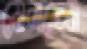
মেনাচেম